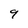
Character: 9